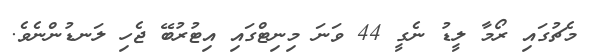
މެޗުގައި ރޯމާ ލީޑު ނެގީ 44 ވަނަ މިނިޓްގައި އިޓުރުބޭ ޖެހި ލަނޑުންނެވެ.